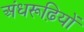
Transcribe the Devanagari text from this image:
अंधरूढ़ियों